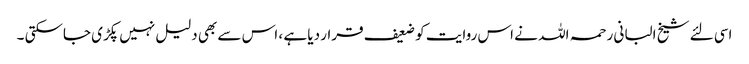
اسی لئے شیخ البانی رحمہ اللہ نے اس روایت کو ضعیف قرار دیا ہے ، اس سے بھی دلیل نہیں پکڑی جاسکتی ۔